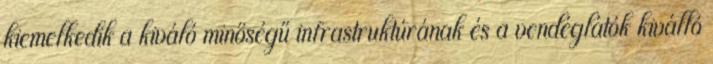
kiemelkedik a kiváló minőségű infrastruktúrának és a vendéglátók kiválló